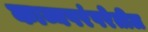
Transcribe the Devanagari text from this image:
काव्यपरंपरेतील